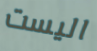
اليست